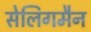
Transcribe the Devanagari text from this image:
सेलिगमैन